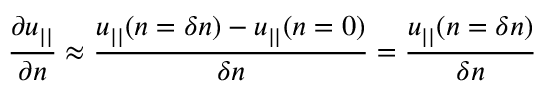
\frac { \partial u _ { | | } } { \partial n } \approx \frac { u _ { | | } ( n = \delta n ) - u _ { | | } ( n = 0 ) } { \delta n } = \frac { u _ { | | } ( n = \delta n ) } { \delta n }